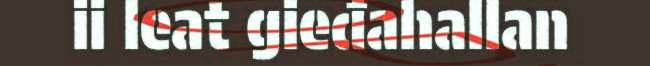
ii leat gieđahallan